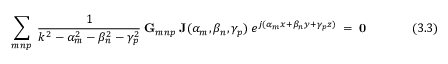
~ \sum _ { m n p } ~ { \frac { 1 } { k ^ { 2 } - \alpha _ { m } ^ { 2 } - \beta _ { n } ^ { 2 } - \gamma _ { p } ^ { 2 } } } ~ \mathbf { G } _ { m n p } ~ \mathbf { J } ( \alpha _ { m } , \beta _ { n } , \gamma _ { p } ) ~ e ^ { j ( \alpha _ { m } x + \beta _ { n } y + \gamma _ { p } z ) } ~ = ~ \mathbf { 0 } ~ ~ ~ ~ ~ ~ ~ ~ ~ ~ ~ ~ ~ ~ ~ ~ ( 3 . 3 )